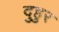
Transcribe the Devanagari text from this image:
दुहुर